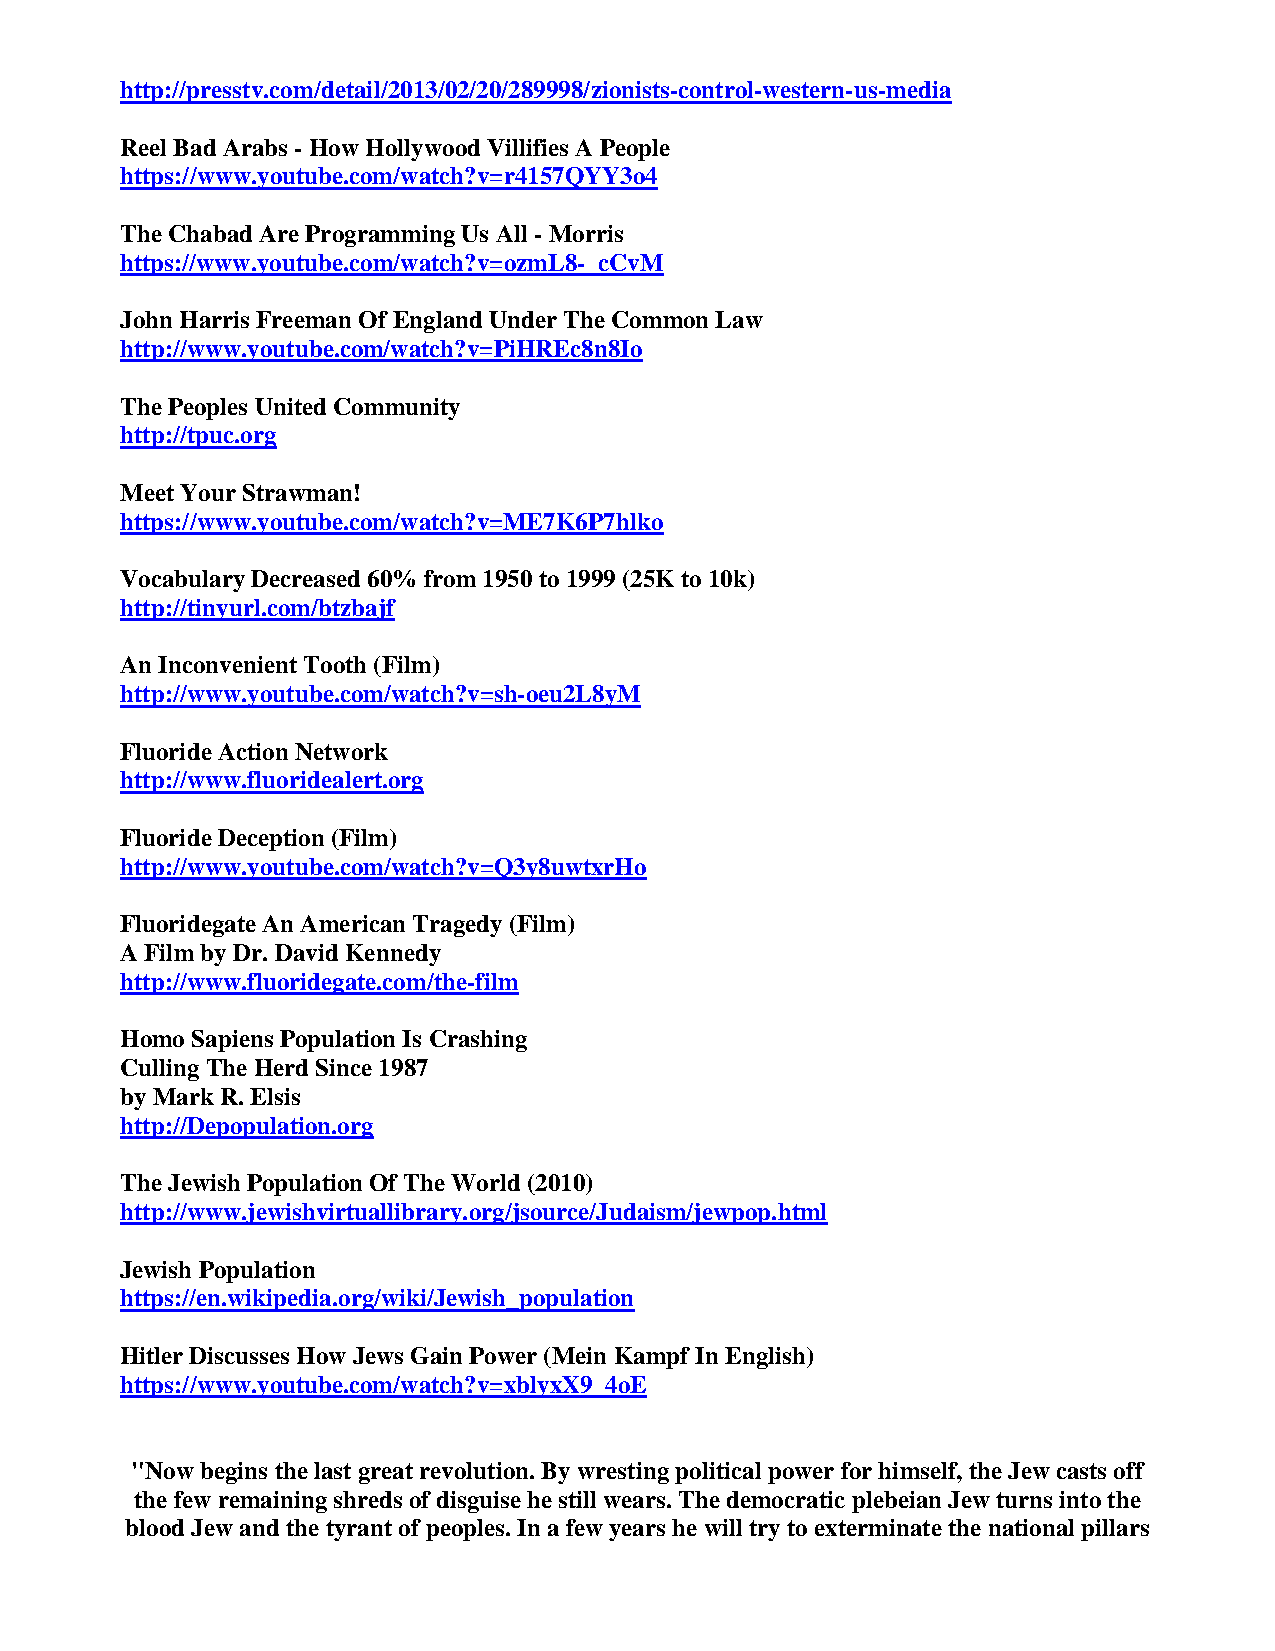
http://presstv.com/detail/2013/02/20/289998/zionists-control-western-us-media
 Reel Bad Arabs - How Hollywood Villifies A People
 https://www.youtube.com/watch?v=r4157QYY3o4
 The Chabad Are Programming Us All - Morris
 https://www.youtube.com/watch?v=ozmL8-_cCvM
 John Harris Freeman Of England Under The Common Law
 http://www.youtube.com/watch?v=PiHREc8n8Io
 The Peoples United Community
 http://tpuc.org
 Meet Your Strawman!
 https://www.youtube.com/watch?v=ME7K6P7hlko
 Vocabulary Decreased 60% from 1950 to 1999 (25K to 10k)
 http://tinyurl.com/btzbajf
 An Inconvenient Tooth (Film)
 http://www.youtube.com/watch?v=sh-oeu2L8yM
 Fluoride Action Network
 http://www.fluoridealert.org
 Fluoride Deception (Film)
 http://www.youtube.com/watch?v=Q3y8uwtxrHo
 Fluoridegate An American Tragedy (Film)
 A Film by Dr. David Kennedy
 http://www.fluoridegate.com/the-film
 Homo Sapiens Population Is Crashing
 Culling The Herd Since 1987
 by Mark R. Elsis
 http://Depopulation.org
 The Jewish Population Of The World (2010)
 http://www.jewishvirtuallibrary.org/jsource/Judaism/jewpop.html
 Jewish Population
 https://en.wikipedia.org/wiki/Jewish_population
 Hitler Discusses How Jews Gain Power (Mein Kampf In English)
 https://www.youtube.com/watch?v=xblyxX9_4oE
 "Now begins the last great revolution. By wresting political power for himself, the Jew casts off
 the few remaining shreds of disguise he still wears. The democratic plebeian Jew turns into the
 blood Jew and the tyrant of peoples. In a few years he will try to exterminate the national pillars